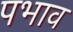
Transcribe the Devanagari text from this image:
पभाव